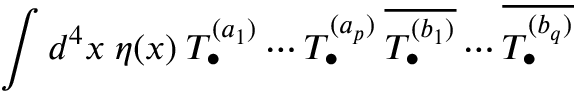
\int d ^ { 4 } x \; \eta ( x ) \: T _ { \bullet } ^ { ( a _ { 1 } ) } \cdots T _ { \bullet } ^ { ( a _ { p } ) } \: \overline { { { T _ { \bullet } ^ { ( b _ { 1 } ) } } } } \cdots \overline { { { T _ { \bullet } ^ { ( b _ { q } ) } } } }